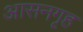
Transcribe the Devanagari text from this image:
आसनगृह